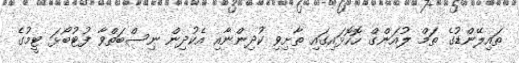
ތައިލޭންޑުގެ ތަމް ލުއަންގް ހޮހޮޅައިގައި ތާށިވި ކުދިންނާއި އެކުދިން ނިސްބަތްވާ ފުޓުބޯޅަ ޓީމުގެ